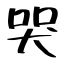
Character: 哭